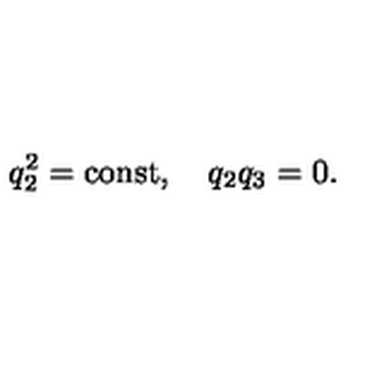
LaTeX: q _ { 2 } ^ { 2 } = \mathrm { c o n s t } , \quad q _ { 2 } q _ { 3 } = 0 .